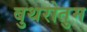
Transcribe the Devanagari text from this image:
बुथरोतुम